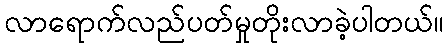
လာရောက်လည်ပတ်မှုတိုးလာခဲ့ပါတယ်။